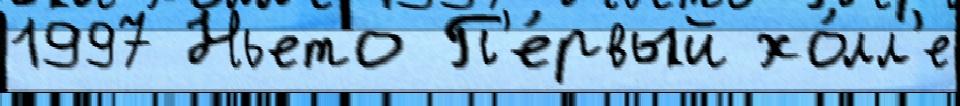
1997 Ньето П'е́рвый хо́лл'е